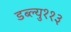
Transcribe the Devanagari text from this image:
डब्ल्यु११३